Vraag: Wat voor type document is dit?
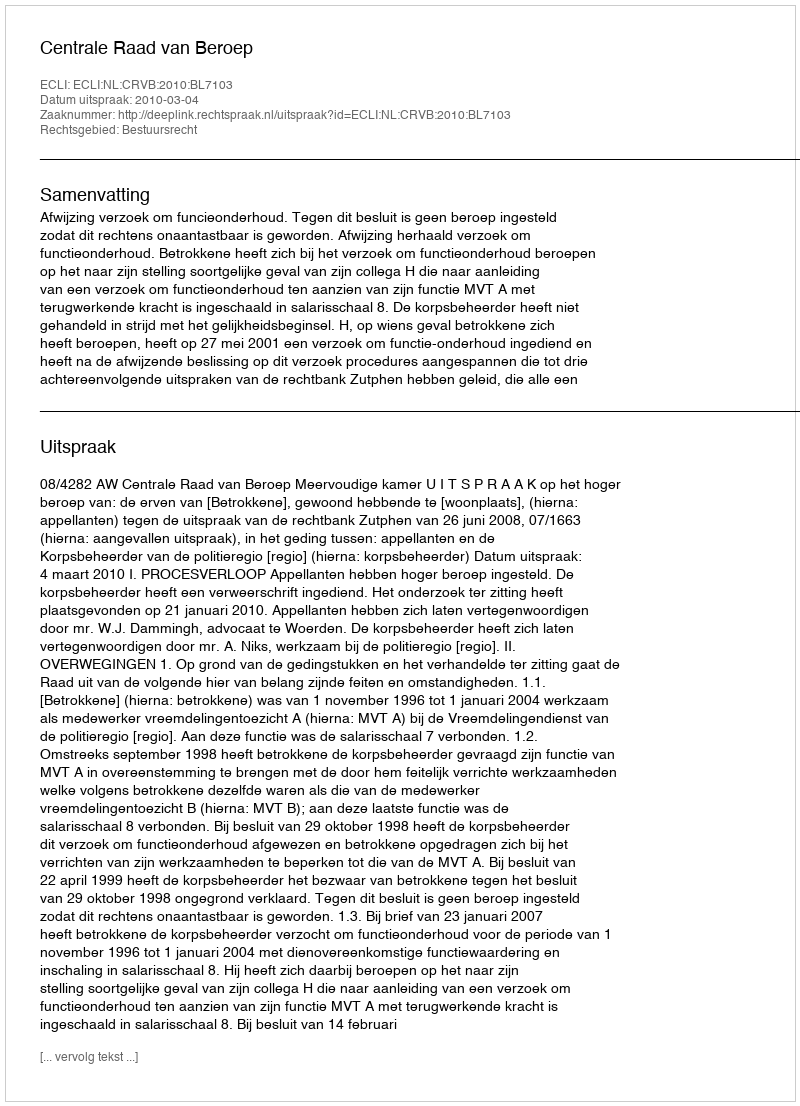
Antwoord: Uitspraak